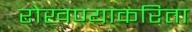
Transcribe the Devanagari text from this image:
रोखण्याकरिता